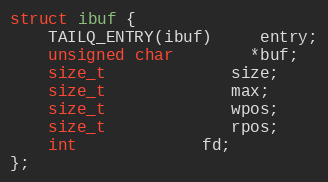
Language: C
struct ibuf {
	TAILQ_ENTRY(ibuf)	 entry;
	unsigned char		*buf;
	size_t			 size;
	size_t			 max;
	size_t			 wpos;
	size_t			 rpos;
	int			 fd;
};